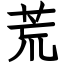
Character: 荒